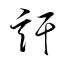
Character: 訐